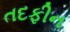
તદફીન